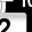
Digit: 2